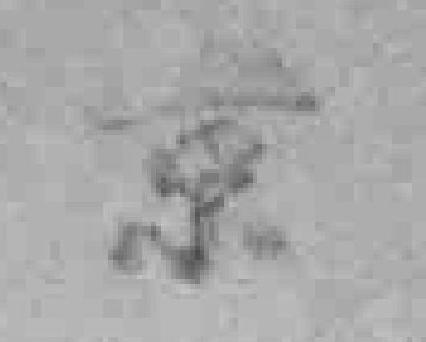
京